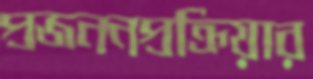
প্রজননপ্রক্রিয়ার